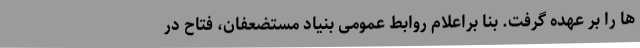
ها را بر عهده گرفت. بنا براعلام روابط عمومی بنیاد مستضعفان، فتاح در